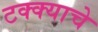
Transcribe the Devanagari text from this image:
टक्क्याचे